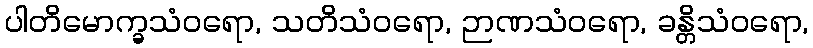
ပါတိမောက္ခသံဝရော, သတိသံဝရော, ဉာဏသံဝရော, ခန္တိသံဝရော,